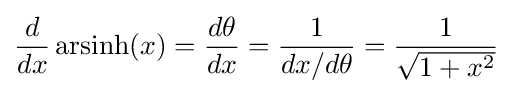
{\frac {d}{dx}}\operatorname {arsinh} (x)={\frac {d\theta }{dx}}={\frac {1}{dx/d\theta }}={\frac {1}{\sqrt {1+x^{2}}}}